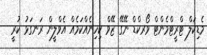
މެޑިކަލް ޓްރީޓްމެންޓް ވޯރކްޑް ނޭގޭ ޒޭވް ކިހިނެއްކަމެއް އެވްލީން ރަނގަޅު ކުރީ